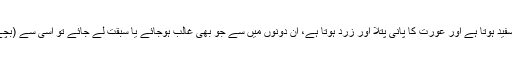
مرد کا پانی (منی) گاڑھا سفید ہوتا ہے اور عورت کا پانی پتلا اور زرد ہوتا ہے، ان دونوں میں سے جو بھی غالب ہوجائے یا سبقت لے جائے تو اسی سے (بچے کی ) مشابہت ہوتی ہے۔